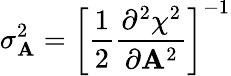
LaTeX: \sigma_{\mathbf{A}}^{2}=\left[\frac{{1}}{{2}}\frac{{\partial^{2}\chi^{2}}}{{\partial\mathbf{A}^{2}}}\right]^{-1}